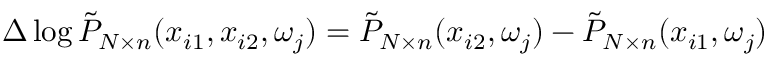
\Delta \log \Tilde { P } _ { N \times n } ( x _ { i 1 } , x _ { i 2 } , \omega _ { j } ) = \Tilde { P } _ { N \times n } ( x _ { i 2 } , \omega _ { j } ) - \Tilde { P } _ { N \times n } ( x _ { i 1 } , \omega _ { j } )